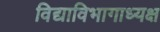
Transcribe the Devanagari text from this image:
विद्याविभागाध्यक्ष